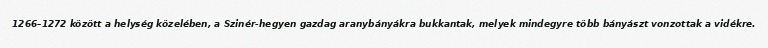
1266–1272 között a helység közelében, a Szinér-hegyen gazdag aranybányákra bukkantak, melyek mindegyre több bányászt vonzottak a vidékre.